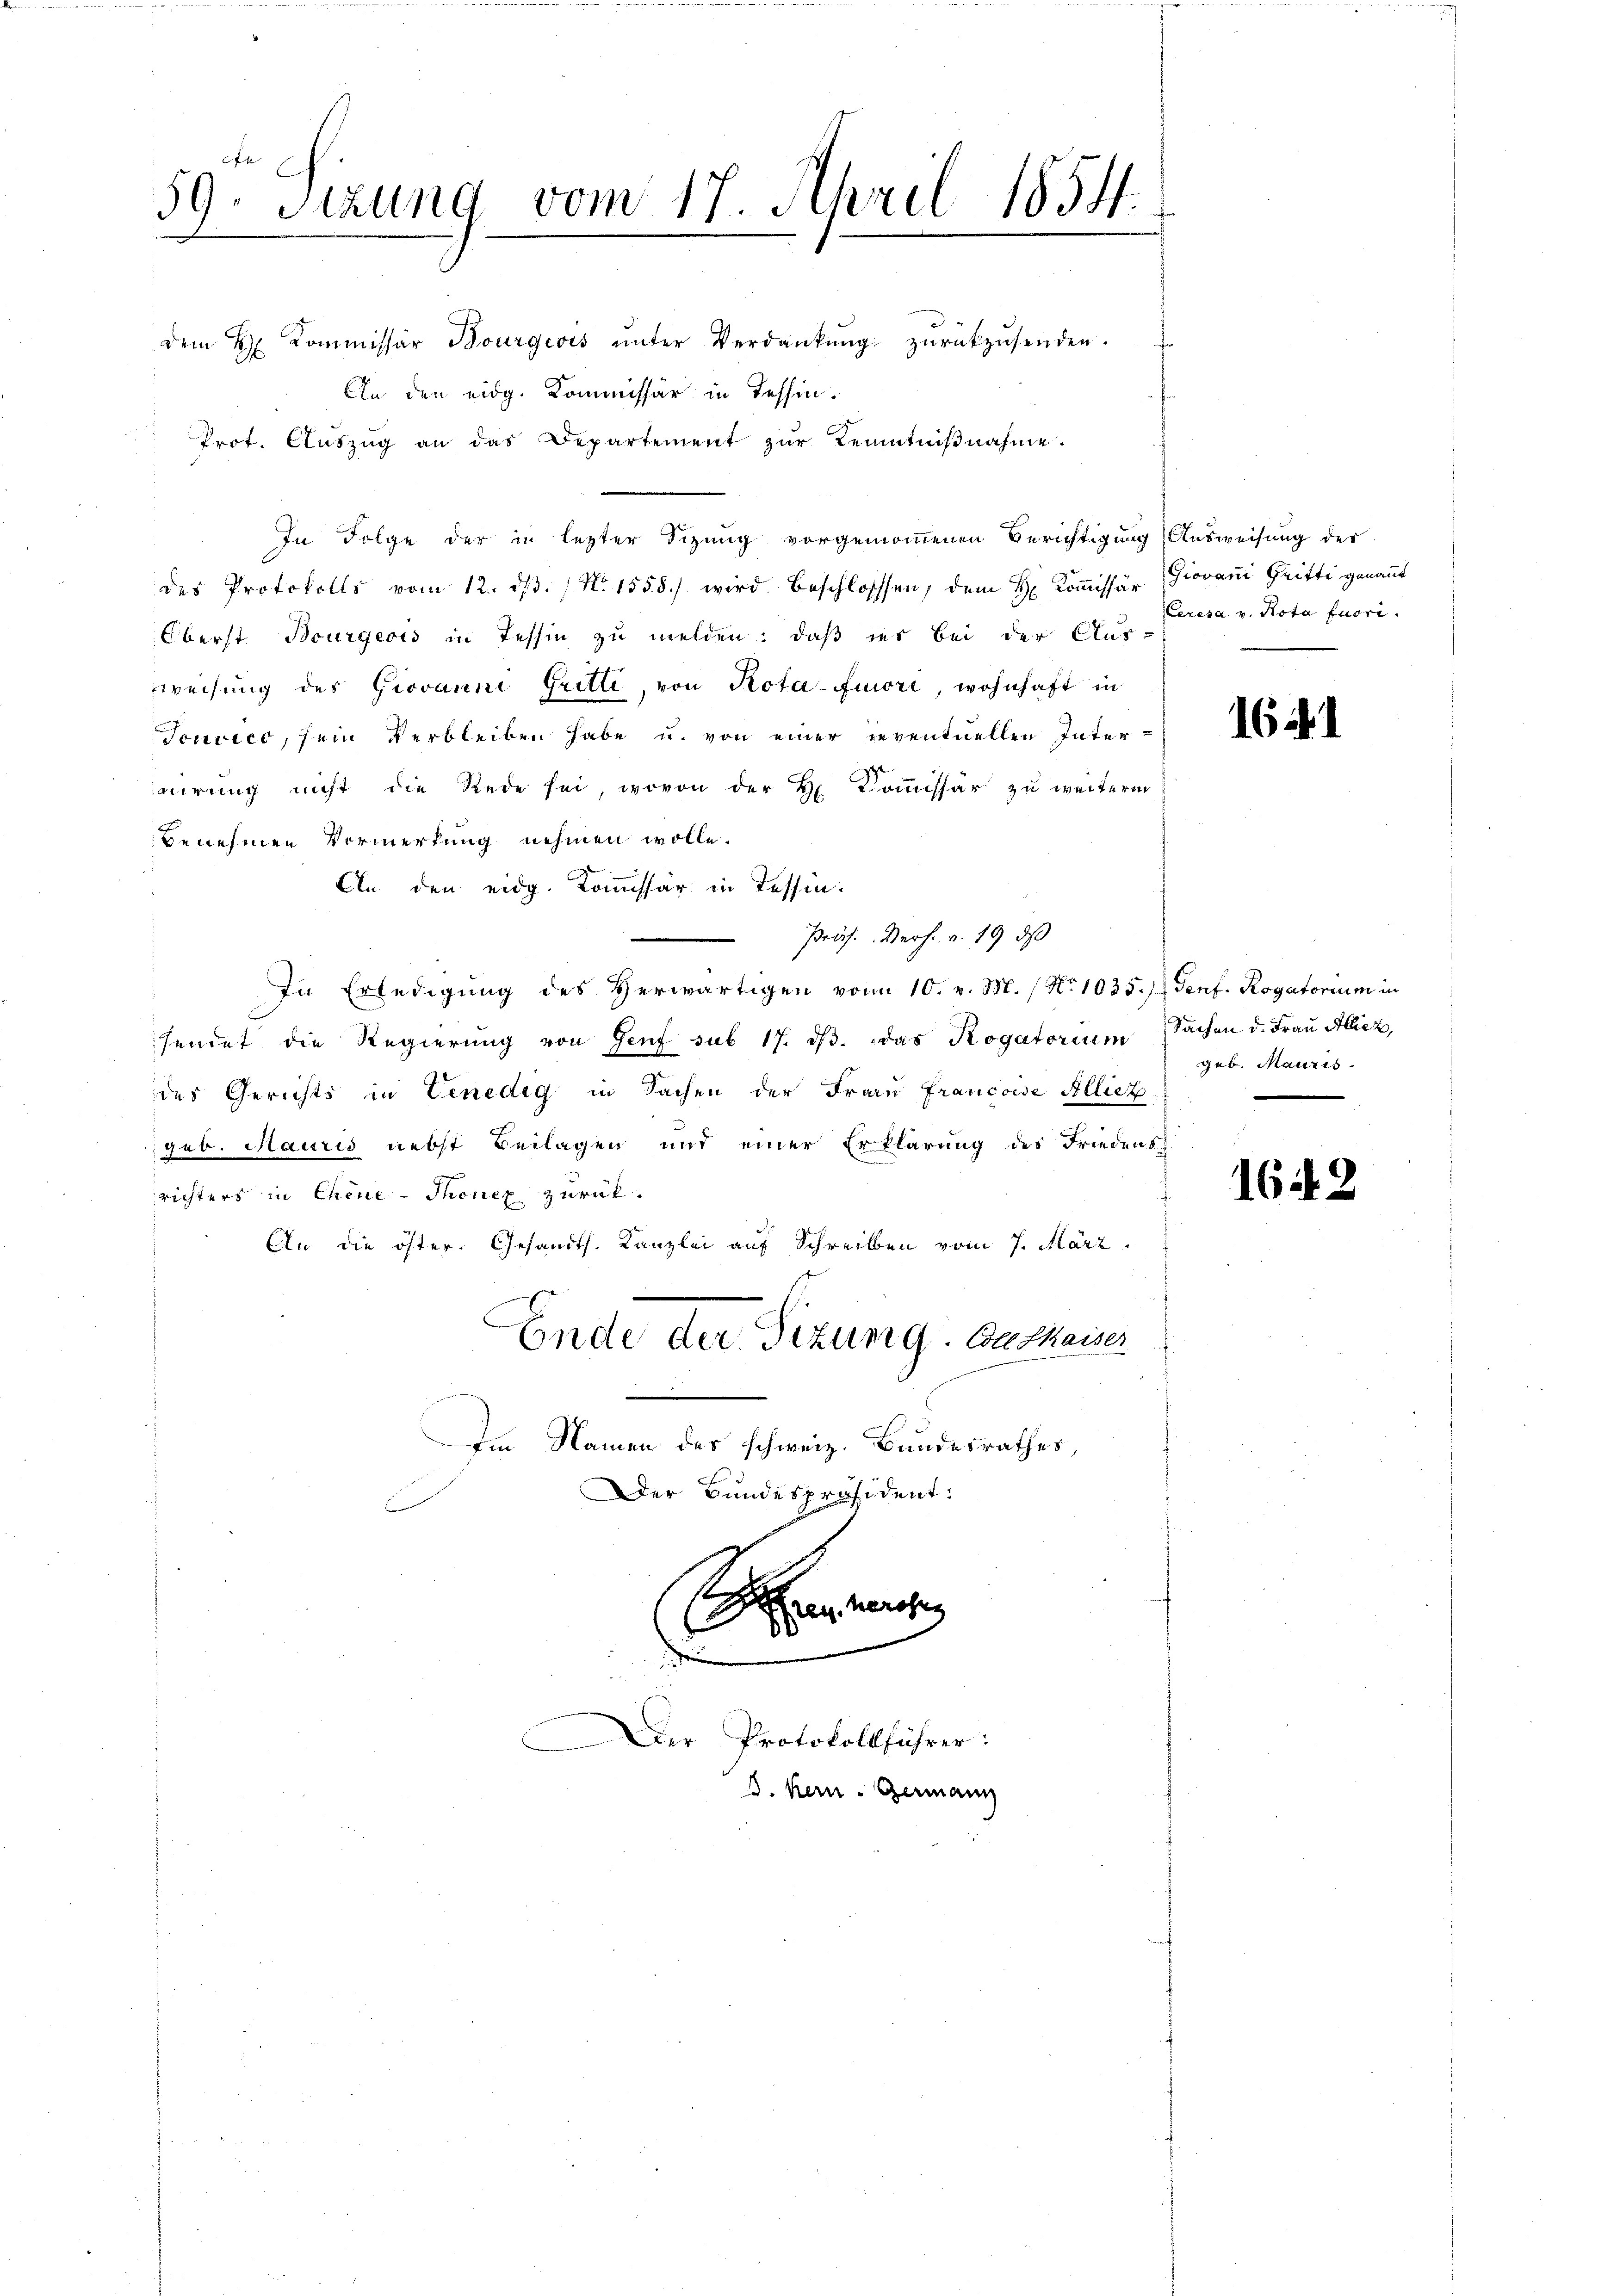
39. Sitzung vom 17. April 1854.

dem H. Kommissär Bourgeois ŭnter Verdankŭng zŭrückzŭsenden.
An den eidg. Kommissär in Tessin.
Prot. Auszug an das Departement zur Kenntnißnahme.
In Folge der in lezter Sizung vorgenommenen Berichtigung Ausweisung des
des Protokolls vom 12. dβ. / N. 1558.) wird beschlosssen, dem H. Koṁissär Giovan Gritti genannt
Oberst Bourgeois in Tessin zu melden, daß der bei der Aus-
weisung des Giovanni Gritte, von Kota-fuori, wohnhaft in
Jenico, sein verbleiben habe u. von einer reventuellen Inter-
aurung nicht die Rede sei, wovon der H. Commissär zu weiterm
benehmen Vormerkung nehmen wolle.
An den eidg. Kommissär in Tessin.
Präs. Verf. v. 19. ds
In Erledigung des Herwärtigen von 10. v. M. / No 1035.) Genf. Rogatorium in
sendet die Regierung von Genf sub 17. dβ. das Rogatorium Sachen d. Frau Alle
des Gerichts in Venedig in Sachen der Frau Francoise Alliez
geb. Mauris nebst Beilagen und einer Erklärung des Friedens

richters in Chene-Thenex zurük¬
An die öster. Gesandts. Kanzlei auf Schreiben vom 7. März.
Ende der Tizung. Couthaiser
i
Im Namen des schweiz. Bundesrathes,
Der Bundespräsident:

1
Ereuherokes
2

Der Protokollführer:
J. kein Germann

Ceresa v. Rota fuori.

16. d. 1

geb. Mauris

1642